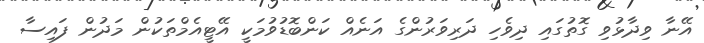
އޭނާ ވިދާޅުވި ގޮތުގައި ދިވެހި ދަރިވަރުންގެ އަނެއް ކަންބޮޑުވުމަކީ އޭޓީއެމްތަކުން މަދުން ފައިސާ